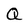
Character: Q